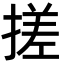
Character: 搓